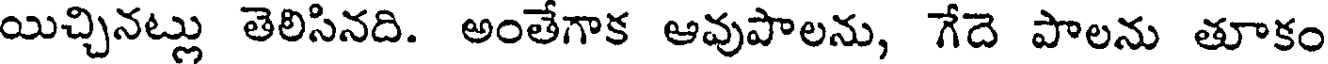
యిచ్చినట్లు తెలిసినది. అంతేగాక ఆవుపాలను, గేదె పాలను తూకం